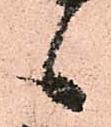
候